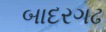
બાદરગઢ